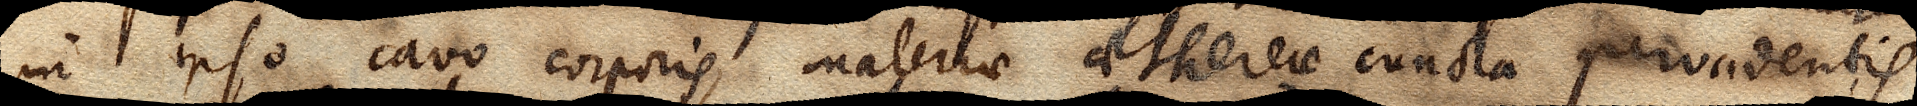
in ipso cavo corporis, materiae aethereae cuncta pervadentis.